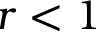
r < 1